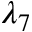
\lambda _ { 7 }